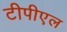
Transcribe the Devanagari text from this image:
टीपीएल